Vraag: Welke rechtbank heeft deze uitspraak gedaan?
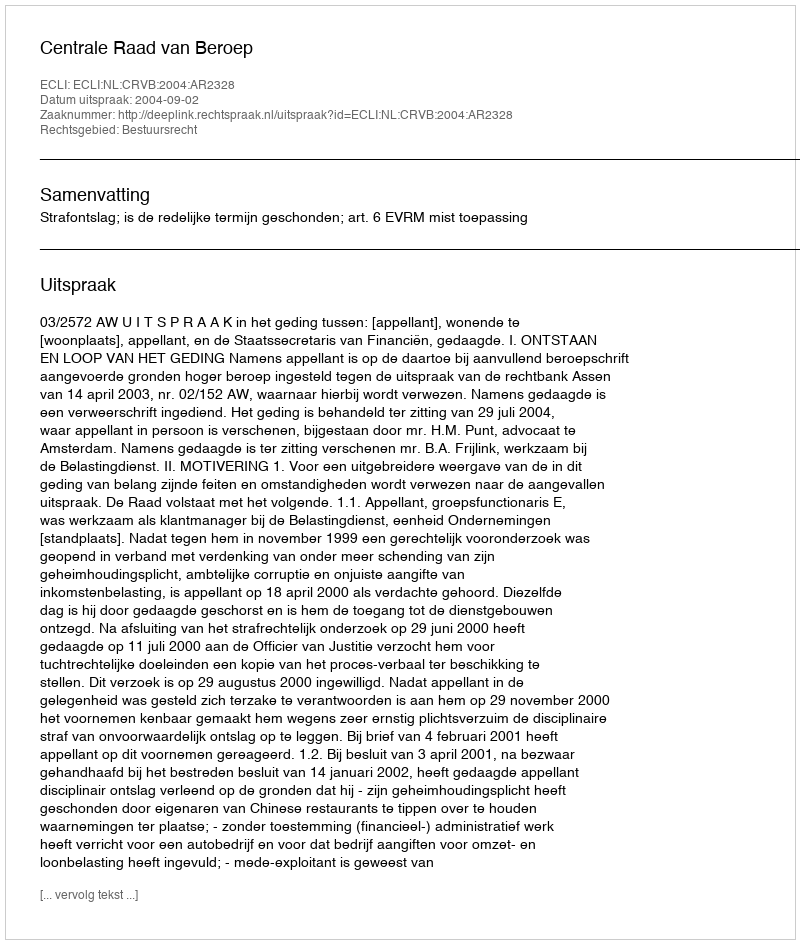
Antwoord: Centrale Raad van Beroep